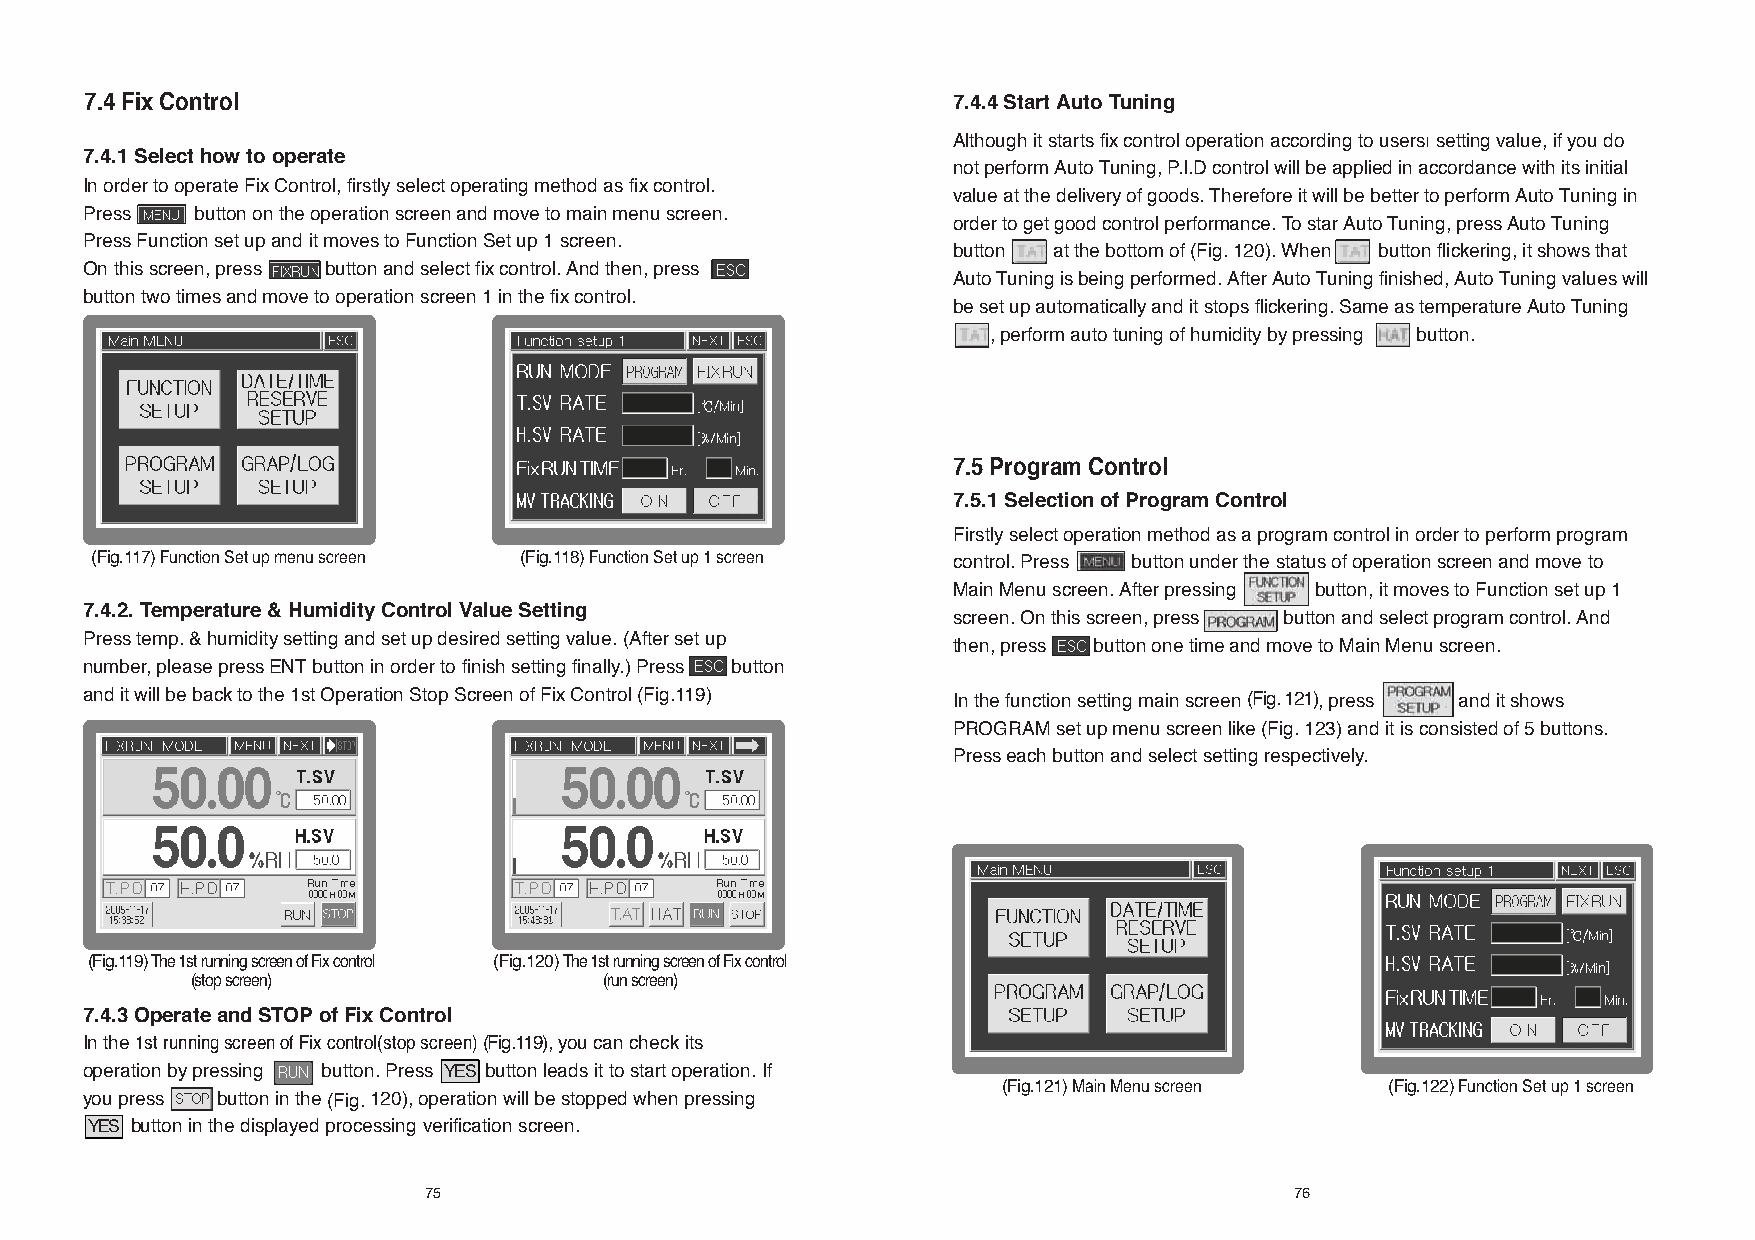
7.4 Fix Control                                          7.4.4 Start Auto Tuning
 Although it starts fix control operation according to usersí setting value, if you do
 7.4.1 Select how to operate
 not perform Auto Tuning, P.I.D control will be applied in accordance with its initial
 In order to operate Fix Control, firstly select operating method as fix control.
 value at the delivery of goods. Therefore it will be better to perform Auto Tuning in
 Press  button on the operation screen and move to main menu screen.
 order to get good control performance. To star Auto Tuning, press Auto Tuning
 Press Function set up and it moves to Function Set up 1 screen.
 button at the bottom of (Fig. 120). When button flickering, it shows that
 On this screen, press button and select fix control. And then, press
 Auto Tuning is being performed. After Auto Tuning finished, Auto Tuning values will
 button two times and move to operation screen 1 in the fix control.
 be set up automatically and it stops flickering. Same as temperature Auto Tuning
 , perform auto tuning of humidity by pressing button.
 7.5 Program Control
 7.5.1 Selection of Program Control
 Firstly select operation method as a program control in order to perform program
 (Fig.117)Function Set up menu screen (Fig.118)Function Set up 1 screen control. Press button under the status of operation screen and move to
 Main Menu screen. After pressing button, it moves to Function set up 1
 7.4.2. Temperature & Humidity Control Value Setting
 screen. On this screen, press button and select program control. And
 Press temp. & humidity setting and set up desired setting value. (After set up then, press button one time and move to Main Menu screen.
 number, please press ENT button in order to finish setting finally.) Press button
 and it will be back to the 1st Operation Stop Screen of Fix Control (Fig.119) In the function setting main screen (Fig. 121), press and it shows
 PROGRAM set up menu screen like (Fig. 123) and it is consisted of 5 buttons.
 Press each button and select setting respectively.
 (Fig.119)The 1st running screen of Fix control (Fig.120)The 1st running screen of Fix control
 (stop screen)              (run screen)
 7.4.3 Operate and STOP of Fix Control
 In the 1st running screen of Fix control(stop screen) (Fig.119), you can check its
 operation by pressing button. Press YES button leads it to start operation. If
 (Fig.121)Main Menu screen (Fig.122)Function Set up 1 screen
 you press button in the (Fig.120), operation will be stopped when pressing
 YES button in the displayed processing verification screen.
 75                                                        76